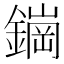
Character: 𬬀